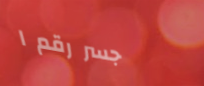
جسر رقم ١